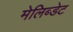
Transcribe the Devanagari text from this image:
मेलिब्डेट